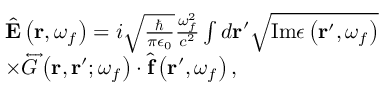
\begin{array} { r l } & { \hat { \mathbf { E } } \left( \mathbf { r } , \omega _ { f } \right) = i \sqrt { \frac { \hbar } { \pi \epsilon _ { 0 } } } \frac { \omega _ { f } ^ { 2 } } { c ^ { 2 } } \int d \mathbf { r } ^ { \prime } \sqrt { \mathrm { I m } \epsilon \left( \mathbf { r } ^ { \prime } , \omega _ { f } \right) } } \\ & { \times \overleftrightarrow { G } \left( \mathbf { r } , \mathbf { r } ^ { \prime } ; \omega _ { f } \right) \cdot \hat { \mathbf { f } } \left( \mathbf { r } ^ { \prime } , \omega _ { f } \right) , } \end{array}